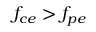
f _ { c e } > f _ { p e }